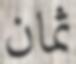
ثمان